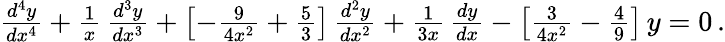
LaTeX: \begin{array}{r}{\frac{d^{4}y}{dx^{4}}+\frac{1}{x}\, \frac{d^{3}y}{dx^{3}}+\left[-\frac{9}{4x^{2}}+\frac{5}{3}\right]\, \frac{d^{2}y}{dx^{2}}+\frac{1}{3x}\, \frac{dy}{dx}-\left[\frac{3}{4x^{2}}-\frac{4}{9}\right]\, y=0\, .}\end{array}